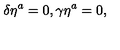
\delta \eta ^ { a } = 0 , \gamma \eta ^ { a } = 0 ,